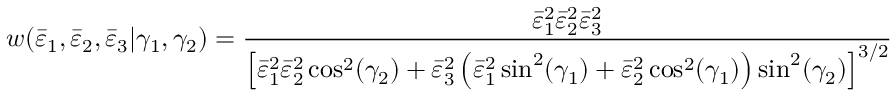
w ( \bar { \varepsilon } _ { 1 } , \bar { \varepsilon } _ { 2 } , \bar { \varepsilon } _ { 3 } | \gamma _ { 1 } , \gamma _ { 2 } ) = \frac { \bar { \varepsilon } _ { 1 } ^ { 2 } \bar { \varepsilon } _ { 2 } ^ { 2 } \bar { \varepsilon } _ { 3 } ^ { 2 } } { \left[ \bar { \varepsilon } _ { 1 } ^ { 2 } \bar { \varepsilon } _ { 2 } ^ { 2 } \cos ^ { 2 } ( \gamma _ { 2 } ) + \bar { \varepsilon } _ { 3 } ^ { 2 } \left( \bar { \varepsilon } _ { 1 } ^ { 2 } \sin ^ { 2 } ( \gamma _ { 1 } ) + \bar { \varepsilon } _ { 2 } ^ { 2 } \cos ^ { 2 } ( \gamma _ { 1 } ) \right) \sin ^ { 2 } ( \gamma _ { 2 } ) \right] ^ { 3 / 2 } }